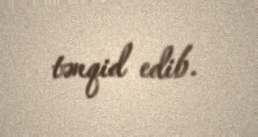
tənqid edib.